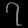
Digit: ၇